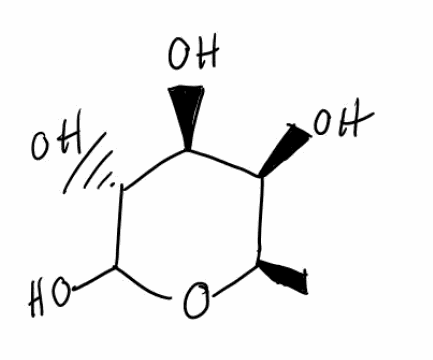
Simplified molecular-input line-entry system (SMILES) notation of the given molecule:
C[C@@H]1[C@@H]([C@@H]([C@H](C(O1)O)O)O)O